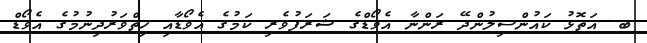
ބ. އަތޮޅު ކައުންސިލުންދޭ ރަންނާ އެވޯޑްގެ ޝަރަފުވެރި ކަމުގެ އެވޯޑާއި ހިތްވަރުދިނުމުގެ އެވޯޑް